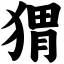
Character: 猬